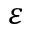
\varepsilon